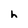
Character: h